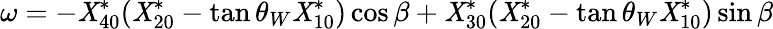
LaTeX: \omega=-\mathit{X}_{40}^{*}(\mathit{X}_{20}^{*}-\tan\theta_{W}\mathit{X}_{10}^{*})\cos\beta+\mathit{X}_{30}^{*}(\mathit{X}_{20}^{*}-\tan\theta_{W}\mathit{X}_{10}^{*})\sin\beta